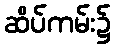
ဆိပ်ကမ်း၌